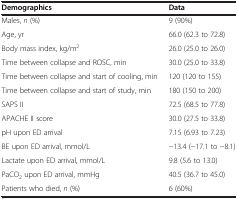
<table><thead><tr><td><b>Demographics</b></td><td><b>Data</b></td></tr></thead><tbody><tr><td>Males, <i>n</i> (%)</td><td>9 (90%)</td></tr><tr><td>Age, yr</td><td>66.0 (62.3 to 72.8)</td></tr><tr><td>Body mass index, kg/m<sup>2</sup></td><td>26.0 (25.0 to 26.0)</td></tr><tr><td>Time between collapse and ROSC, min</td><td>30.0 (25.0 to 33.8)</td></tr><tr><td>Time between collapse and start of cooling, min</td><td>120 (120 to 155)</td></tr><tr><td>Time between collapse and start of study, min</td><td>180 (150 to 200)</td></tr><tr><td>SAPS II</td><td>72.5 (68.5 to 77.8)</td></tr><tr><td>APACHE II score</td><td>30.0 (27.5 to 33.8)</td></tr><tr><td>pH upon ED arrival</td><td>7.15 (6.93 to 7.23)</td></tr><tr><td>BE upon ED arrival, mmol/L</td><td>−13.4 (−17.1 to −8.1)</td></tr><tr><td>Lactate upon ED arrival, mmol/L</td><td>9.8 (5.6 to 13.0)</td></tr><tr><td>PaCO<sub>2</sub> upon ED arrival, mmHg</td><td>40.5 (36.7 to 45.0)</td></tr><tr><td>Patients who died, <i>n</i> (%)</td><td>6 (60%)</td></tr></tbody></table>